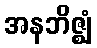
အနဘိဇ္ဈံ